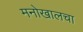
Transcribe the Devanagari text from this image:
मनोखालचा